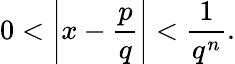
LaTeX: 0<\left|x-{\frac{p}{q}}\right|<{\frac{1}{q^{n}}}.